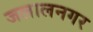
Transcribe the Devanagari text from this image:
जलालनगर